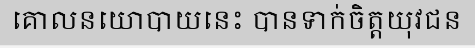
គោលនយោបាយនេះ បានទាក់ចិត្តយុវជន